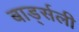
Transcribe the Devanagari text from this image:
बार्ड्सली